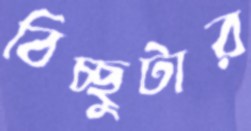
বিচ্ছুটার